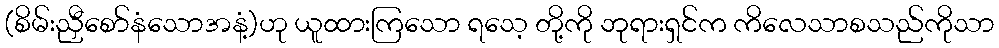
(စိမ်းညှီစော်နံသောအနံ့)ဟု ယူထားကြသော ရသေ့ တို့ကို ဘုရားရှင်က ကိလေသာစသည်ကိုသာ